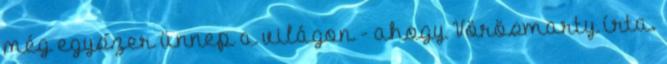
még egyszer ünnep a világon - ahogy Vörösmarty írta.